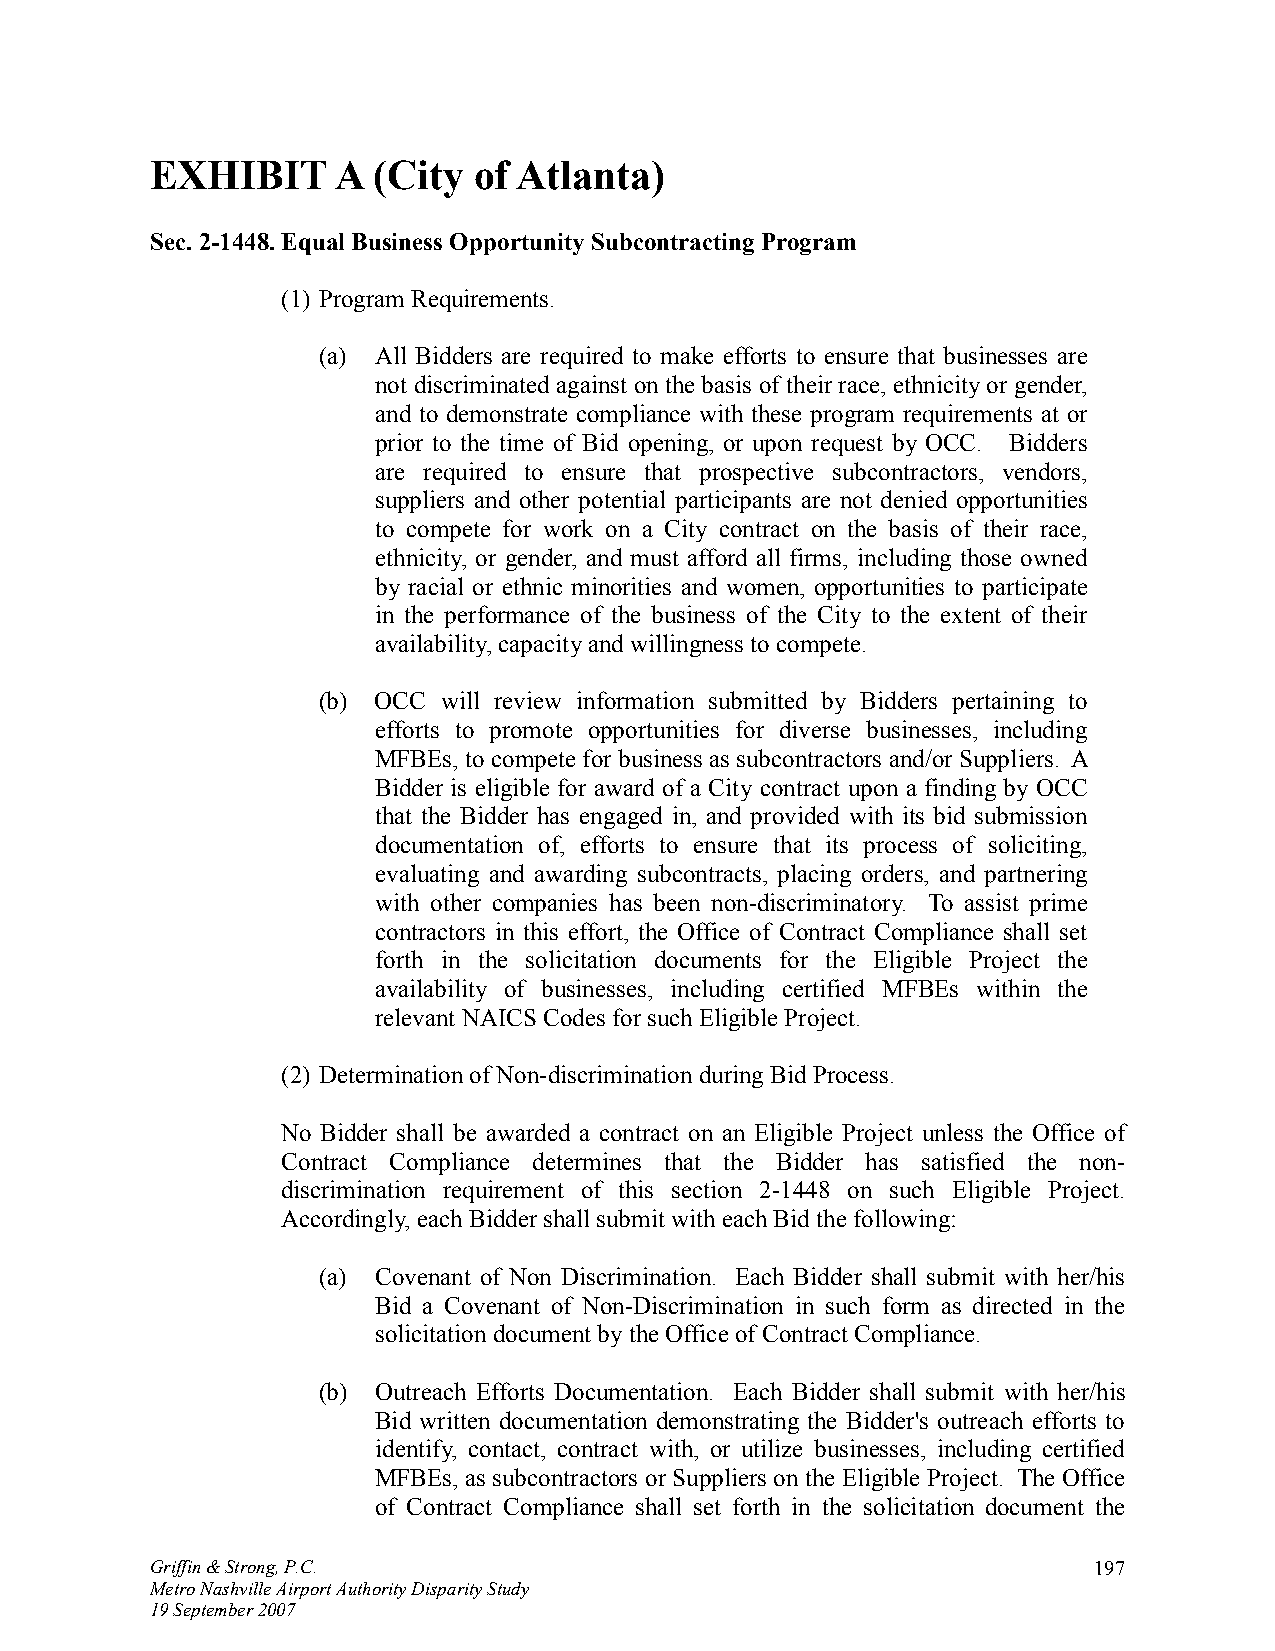
EXHIBIT     A  (City of Atlanta)
 Sec. 2-1448. Equal Business Opportunity Subcontracting Program
 (1) Program Requirements.
 (a) All Bidders are required to make efforts to ensure that businesses are
 not discriminated against on the basis of their race, ethnicity or gender,
 and to demonstrate compliance with these program requirements at or
 prior to the time of Bid opening, or upon request by OCC. Bidders
 are required to ensure that prospective subcontractors, vendors,
 suppliers and other potential participants are not denied opportunities
 to compete for work on a City contract on the basis of their race,
 ethnicity, or gender, and must afford all firms, including those owned
 by racial or ethnic minorities and women, opportunities to participate
 in the performance of the business of the City to the extent of their
 availability, capacity and willingness to compete.
 (b) OCC will review information submitted by Bidders pertaining to
 efforts to promote opportunities for diverse businesses, including
 MFBEs, to compete for business as subcontractors and/or Suppliers. A
 Bidder is eligible for award of a City contract upon a finding by OCC
 that the Bidder has engaged in, and provided with its bid submission
 documentation of, efforts to ensure that its process of soliciting,
 evaluating and awarding subcontracts, placing orders, and partnering
 with other companies has been non-discriminatory. To assist prime
 contractors in this effort, the Office of Contract Compliance shall set
 forth in the solicitation documents for the Eligible Project the
 availability of businesses, including certified MFBEs within the
 relevant NAICS Codes for such Eligible Project.
 (2) Determination of Non-discrimination during Bid Process.
 No Bidder shall be awarded a contract on an Eligible Project unless the Office of
 Contract Compliance determines that the Bidder has satisfied the non-
 discrimination requirement of this section 2-1448 on such Eligible Project.
 Accordingly, each Bidder shall submit with each Bid the following:
 (a) Covenant of Non Discrimination. Each Bidder shall submit with her/his
 Bid a Covenant of Non-Discrimination in such form as directed in the
 solicitation document by the Office of Contract Compliance.
 (b) Outreach Efforts Documentation. Each Bidder shall submit with her/his
 Bid written documentation demonstrating the Bidder's outreach efforts to
 identify, contact, contract with, or utilize businesses, including certified
 MFBEs, as subcontractors or Suppliers on the Eligible Project. The Office
 of Contract Compliance shall set forth in the solicitation document the
 Griffin & Strong, P.C.                                        197
 Metro Nashville Airport Authority Disparity Study
 19 September 2007